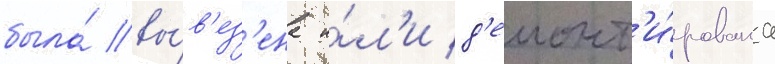
была́ вы́в'ез'ена и́л'и д'емонт'и́рована